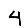
Digit: 4